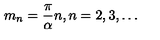
m _ { n } = \frac { \pi } { \alpha } n , n = 2 , 3 , \ldots